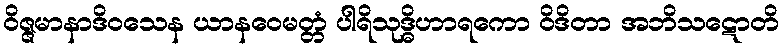
ဝိဇ္ဇမာနာဒိဝသေန ယာနဝေမတ္တံ ပါရိသုဒ္ဓိဟာရကော ဝိဒိတာ အဘိသဋောတိ